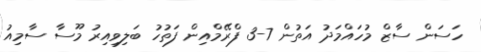
ހަސަން ސާޒް މުހައްމަދު އަތުން 7-3 ފްރޭމްއިން ފަތުހު ބަލިވިއިރު މޫސާ ސާމިއު